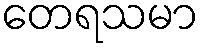
တေရသမာ